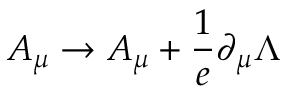
A _ { \mu } \to A _ { \mu } + \frac { 1 } { e } \partial _ { \mu } \Lambda